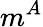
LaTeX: m^{A}